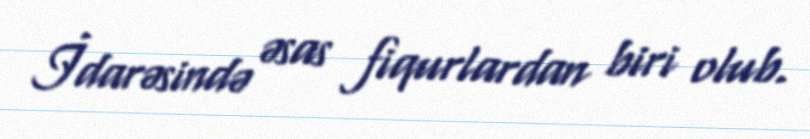
İdarəsində əsas fiqurlardan biri olub.